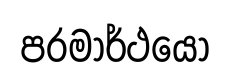
පරමාර්ථයෝ